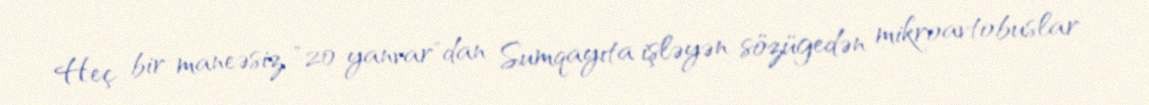
Heç bir maneəsiz "20 yanvar"dan Sumqayıta işləyən sözügedən mikroavtobuslar